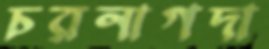
চরনাগদা